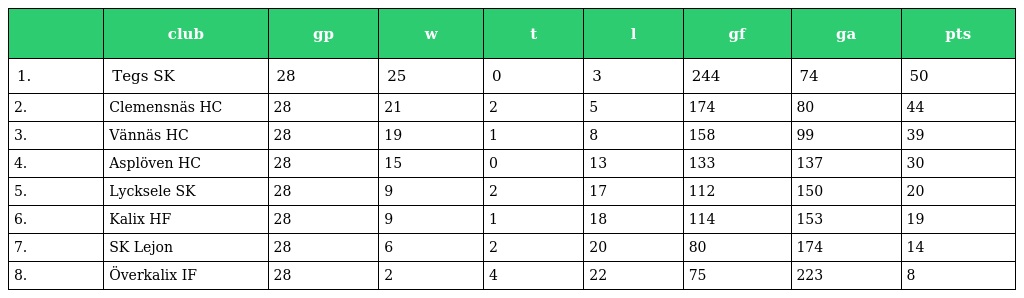
|  | club | gp | w | t | l | gf | ga | pts |
 | --- | --- | --- | --- | --- | --- | --- | --- | --- |
 | 1. | Tegs SK | 28 | 25 | 0 | 3 | 244 | 74 | 50 |
 | 2. | Clemensnäs HC | 28 | 21 | 2 | 5 | 174 | 80 | 44 |
 | 3. | Vännäs HC | 28 | 19 | 1 | 8 | 158 | 99 | 39 |
 | 4. | Asplöven HC | 28 | 15 | 0 | 13 | 133 | 137 | 30 |
 | 5. | Lycksele SK | 28 | 9 | 2 | 17 | 112 | 150 | 20 |
 | 6. | Kalix HF | 28 | 9 | 1 | 18 | 114 | 153 | 19 |
 | 7. | SK Lejon | 28 | 6 | 2 | 20 | 80 | 174 | 14 |
 | 8. | Överkalix IF | 28 | 2 | 4 | 22 | 75 | 223 | 8 |